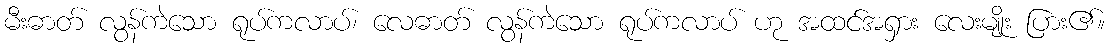
မီးဓာတ် လွန်ကဲသော ရုပ်ကလာပ်၊ လေဓာတ် လွန်ကဲသော ရုပ်ကလာပ် ဟု အထင်အရှား လေးမျိုး ပြား၏။